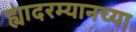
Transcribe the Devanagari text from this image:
ह्यादरम्यानच्या